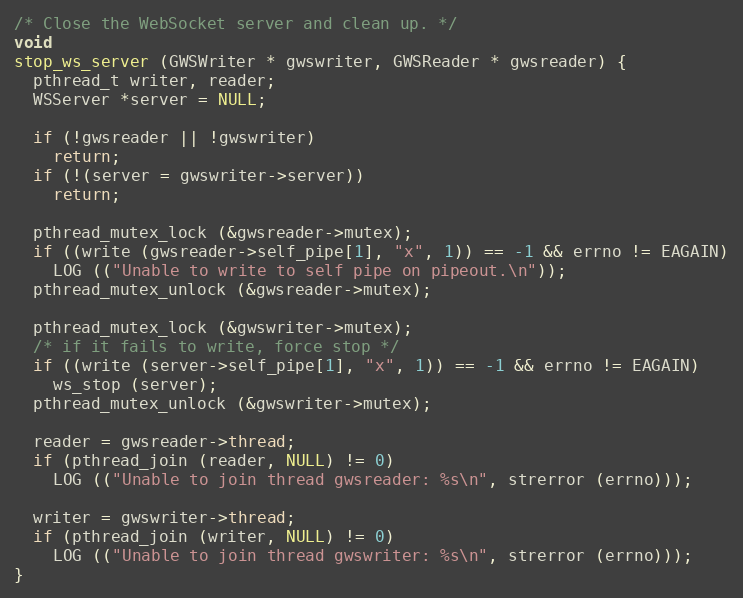
Language: C
/* Close the WebSocket server and clean up. */
void
stop_ws_server (GWSWriter * gwswriter, GWSReader * gwsreader) {
  pthread_t writer, reader;
  WSServer *server = NULL;

  if (!gwsreader || !gwswriter)
    return;
  if (!(server = gwswriter->server))
    return;

  pthread_mutex_lock (&gwsreader->mutex);
  if ((write (gwsreader->self_pipe[1], "x", 1)) == -1 && errno != EAGAIN)
    LOG (("Unable to write to self pipe on pipeout.\n"));
  pthread_mutex_unlock (&gwsreader->mutex);

  pthread_mutex_lock (&gwswriter->mutex);
  /* if it fails to write, force stop */
  if ((write (server->self_pipe[1], "x", 1)) == -1 && errno != EAGAIN)
    ws_stop (server);
  pthread_mutex_unlock (&gwswriter->mutex);

  reader = gwsreader->thread;
  if (pthread_join (reader, NULL) != 0)
    LOG (("Unable to join thread gwsreader: %s\n", strerror (errno)));

  writer = gwswriter->thread;
  if (pthread_join (writer, NULL) != 0)
    LOG (("Unable to join thread gwswriter: %s\n", strerror (errno)));
}